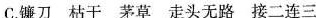
C.镰刀 枯干 茅草 走头无路 接二连三